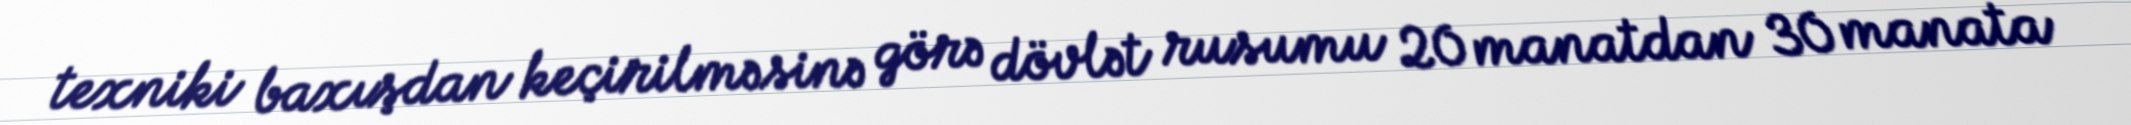
texniki baxışdan keçirilməsinə görə dövlət rusumu 20 manatdan 30 manata